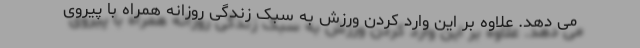
می دهد. علاوه بر این وارد کردن ورزش به سبک زندگی روزانه همراه با پیروی